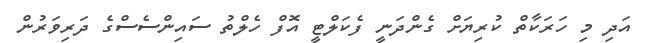
އަދި މި ހަރަކާތް ކުރިޔަށް ގެންދަނީ ފެކަލްޓީ އޮފް ހެލްތު ސައިންސެސްގެ ދަރިވަރުން